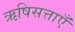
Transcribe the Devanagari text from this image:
ऋषिसत्ताएँ